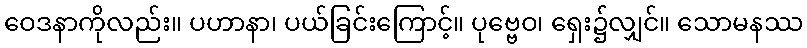
ဝေဒနာကိုလည်း။ ပဟာနာ၊ ပယ်ခြင်းကြောင့်။ ပုဗ္ဗေဝ၊ ရှေး၌လျှင်။ သောမနဿ